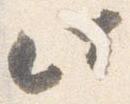
此